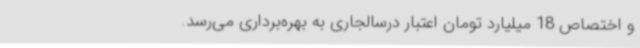
و اختصاص 18 میلیارد تومان اعتبار درسالجاری به بهره‌برداری می‌رسد.